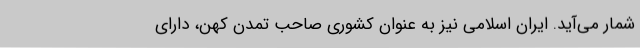
شمار می‌آید. ایران اسلامی نیز به عنوان کشوری صاحب تمدن کهن، دارای